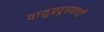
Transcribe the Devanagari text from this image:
वायुप्रदूषणाची